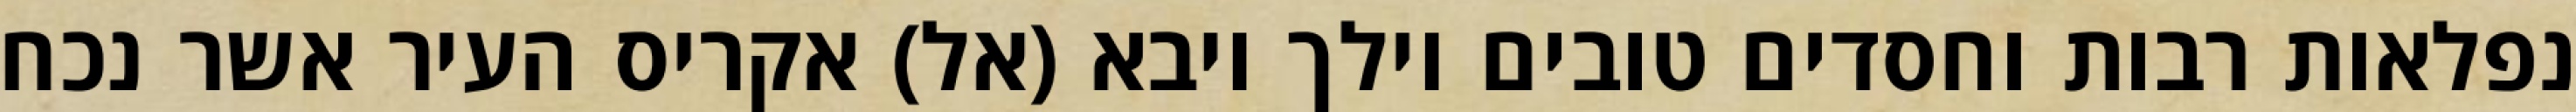
נפלאות רבות וחסדים טובים וילך ויבא (אל) אקריס העיר אשר נכח